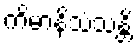
ကိမာနိသံသန္တိ